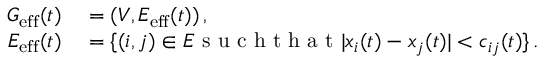
\begin{array} { r l } { G _ { \mathrm { e f f } } ( t ) } & { { } = ( V , E _ { \mathrm { e f f } } ( t ) ) \, , } \\ { E _ { \mathrm { e f f } } ( t ) } & { { } = \{ ( i , j ) \in E \mathrm { ~ s ~ u ~ c ~ h ~ t ~ h ~ a ~ t ~ } | x _ { i } ( t ) - x _ { j } ( t ) | < c _ { i j } ( t ) \} \, . } \end{array}